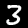
Label: 3